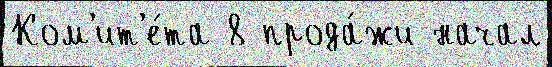
Ком'ит'е́та 8 прода́жи начал